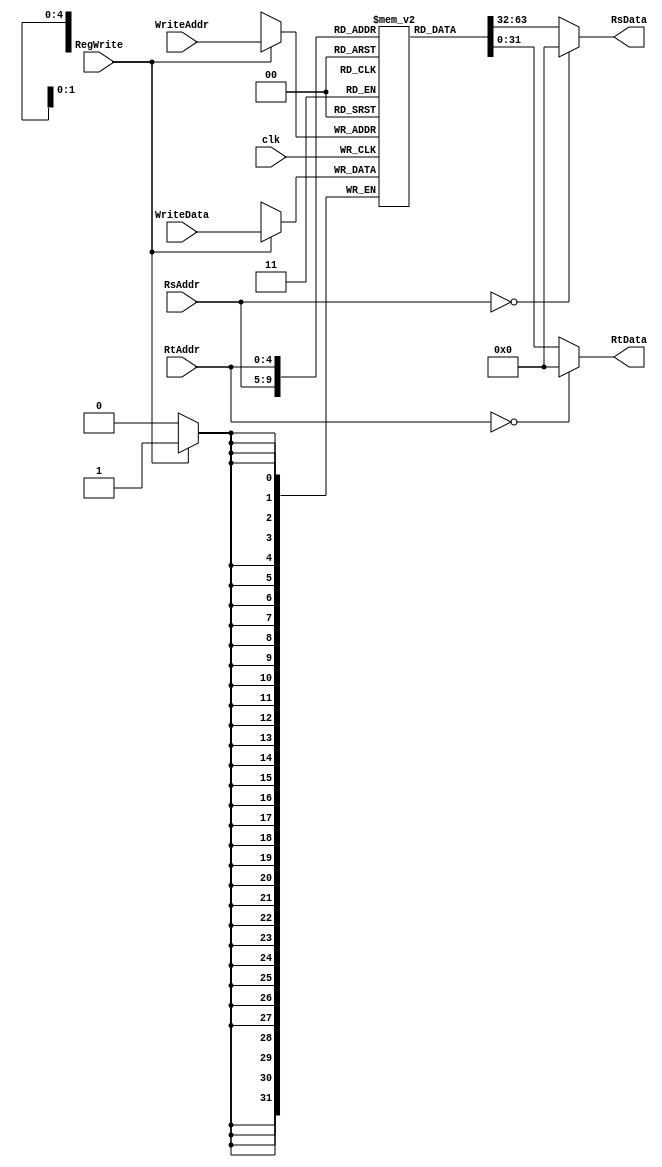
`timescale 1ns / 1ps
//////////////////////////////////////////////////////////////////////////////////
// Company: 
// Engineer: 
// 
// Design Name: 
// Module Name: Registers
// Project Name: 
// Target Devices: 
// Tool Versions: 
// Description: 
// 
// Dependencies: 
// 
// Revision:
// Revision 0.01 - File Created
// Additional Comments:
// 
//////////////////////////////////////////////////////////////////////////////////


module Registers (
	// Outputs
	RsData, RtData,  

	// Inputs
	clk, WriteData, WriteAddr, RegWrite, RsAddr, RtAddr
);

	input		clk;

	// Info for register write port
	input [31:0]	WriteData;
	input [4:0]	   WriteAddr;
	input		RegWrite;

	input [4:0]	RsAddr, RtAddr;

	// Data from register read ports
	output [31:0]	RsData;		// data output for read port A
	output [31:0]	RtData;		// data output for read port B

	// 32-register memory declaration
	reg [31:0]	regs [31:0];

//******************************************************************************
// get data from read registers
//******************************************************************************

	assign RsData = (RsAddr == 5'b0) ? 32'b0 : regs[RsAddr];//
	assign RtData = (RtAddr == 5'b0) ? 32'b0 : regs[RtAddr];//

//******************************************************************************
// write to register if necessary 
//******************************************************************************

	always @ (posedge clk) begin
		if (RegWrite)
			regs[WriteAddr] <= WriteData;
	end

endmodule